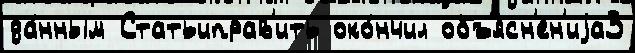
да́нным Статьиправ'ить око́нчил объясн'ен'иjа3